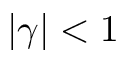
| \gamma | < 1